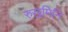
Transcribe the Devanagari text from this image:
रुखमिनि